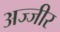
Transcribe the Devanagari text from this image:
अज्जीर